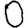
Digit: 0